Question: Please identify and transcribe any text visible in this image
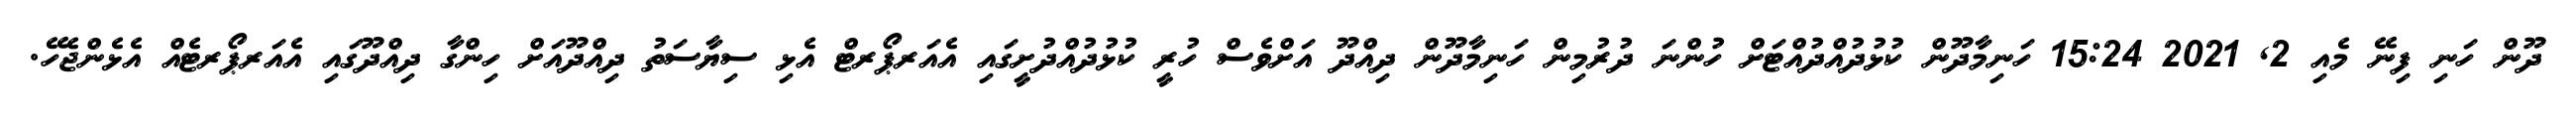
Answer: ދޫން ހަނި ފިނޭ މެއި 2, 2021 15:24 ހަނިމާދޫން ކުޅުދުއްދުއްޓަށް ހުންނަ ދުރުމިން ހަނިމާދޫން ދިއްދޫ އަށްވެސް ހުރީ ކުޅުދުއްދުށީގައި އެއަރޕޯރޓް އެޅި ސިޔާސަތު ދިއްދޫއަށް ހިންގާ ދިއްދޫގައި އެއަރޕޯރޓެއް އެޅެންޖެހޭ.